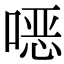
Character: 𫫇